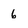
Character: 6